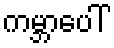
ကမ္ဘာပေါ်